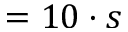
= 1 0 \cdot s